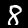
Label: 8